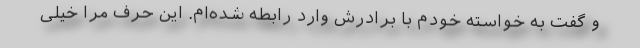
و گفت به خواسته خودم با برادرش وارد رابطه شده‌ام. این حرف مرا خیلی